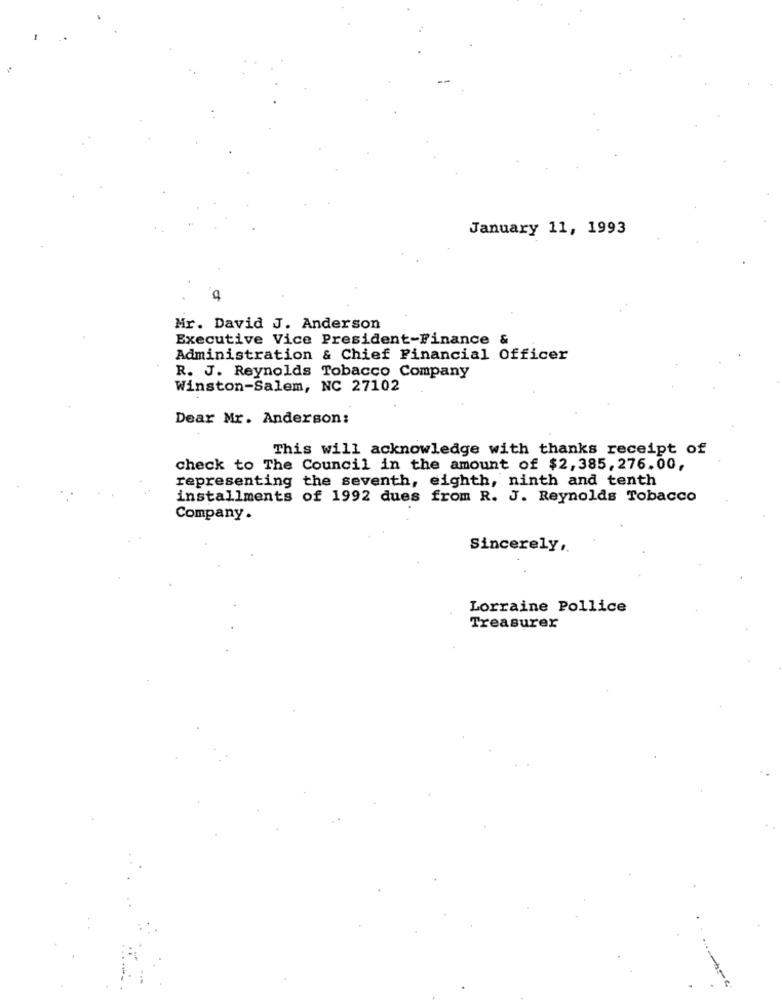
January 11, 1993
Mr. David J. Anderson
Executive Vice President-Finance &
Administration & Chief Financial Officer
R. J. Reynolds Tobacco Company
Winston-Salem, NC 27102
Dear Mr. Anderson:
This will acknowledge with thanks receipt of
check to The Council in the amount of $2, 385, 276.00,
representing the seventh, eighth, ninth and tenth
installments of 1992 dues from R. J. Reynolds Tobacco
Company .
Sincerely,
Lorraine Pollice
Treasurer